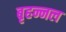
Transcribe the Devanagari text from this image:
बृहन्नल